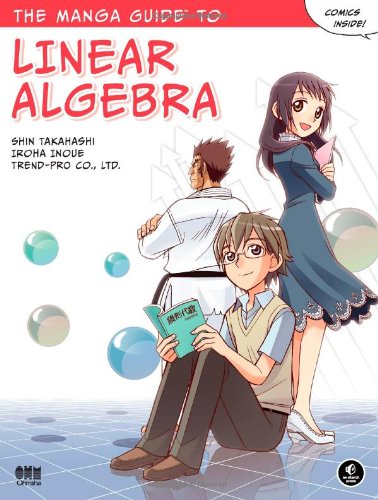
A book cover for The Manga Guide to Linear Algebra; Shin Takahashi; Comics & Graphic Novels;